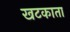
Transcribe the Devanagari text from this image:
खटकाता